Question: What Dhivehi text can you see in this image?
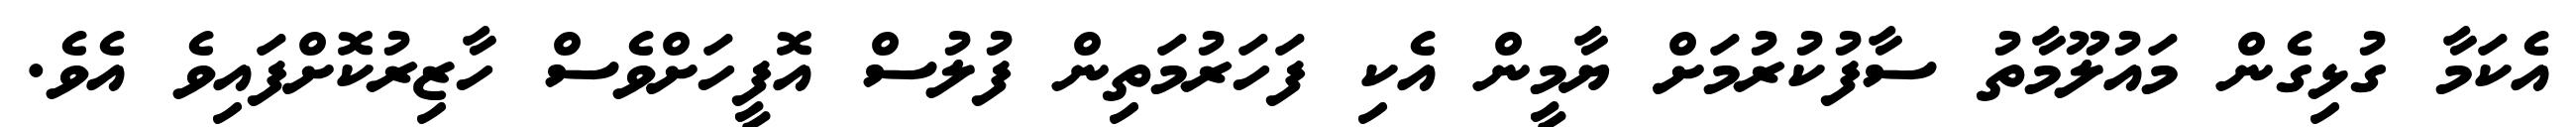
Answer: އެކަމާ ގުޅިގެން މައުލޫމާތު ސާފުކުރުމަށް ޔާމީން އެކި ފަހަރުމަތިން ފުލުސް އޮފީހަށްވެސް ހާޒިރުކޮށްފައިވެ އެވެ.